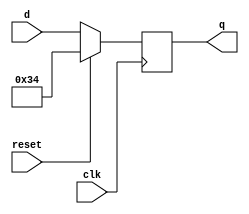
module top_module (
    input clk,
    input reset,
    input [7:0] d,
    output reg[7:0] q
);

    always @(negedge clk)begin
        if(reset)
            q <= 8'h34;       
        else
        	q <= d;       
    end    

endmodule